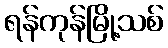
ရန်ကုန်မြို့သစ်